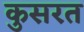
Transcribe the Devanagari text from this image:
कुसरत